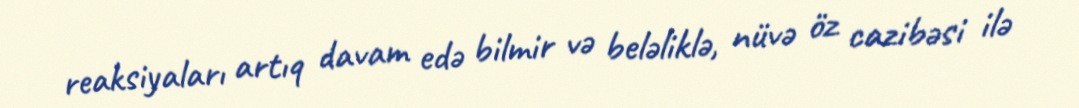
reaksiyaları artıq davam edə bilmir və beləliklə, nüvə öz cazibəsi ilə